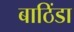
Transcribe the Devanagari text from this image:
बाठिंडा